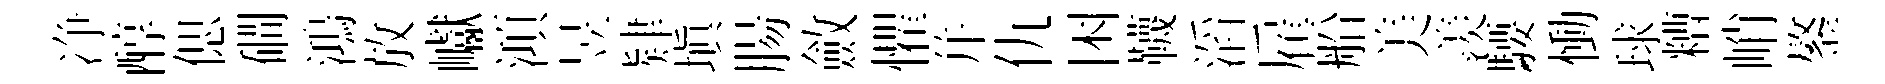
净醇偲磵鴻放巘澒昱肄塡腸斂懼幷仇困韈滔雇船美羨騕慟球糟峭鏊